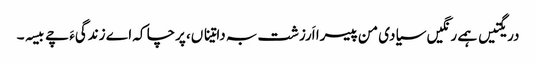
دریگتیں ہمے رنگیں سیادی من پیسرا اَرزشت بہ داتیناں، پرچا کہ اے زندگیءَ چے بیسہ۔